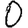
Digit: 0